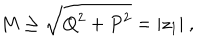
M \geq \sqrt { Q ^ { 2 } + P ^ { 2 } } = | z _ { 1 } | \ ,